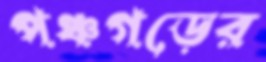
পঞ্চগড়ের